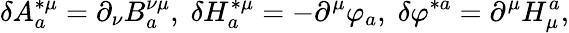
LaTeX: \delta A_{a}^{*\mu}=\partial_{\nu}B_{a}^{\nu\mu},\; \delta H_{a}^{*\mu}=-\partial^{\mu}\varphi_{a},\; \delta\varphi^{*a}=\partial^{\mu}H_{\mu}^{a},